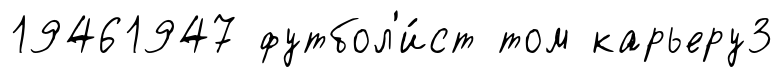
19461947 футбол'и́ст том карьеру3